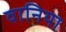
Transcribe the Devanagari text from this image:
वानिया